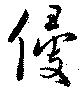
侵